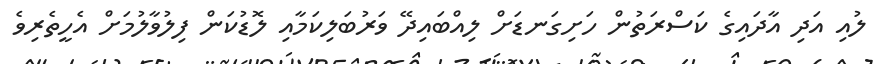
ލުއި އަދި އާދައިގެ ކަސްރަތުން ހަށިގަނޑަށް ލިއްބައިދޭ ވަރުބަލިކަމާއި ލޮޑުކަން ފިލުވާލުމަށް އެހީތެރިވެ